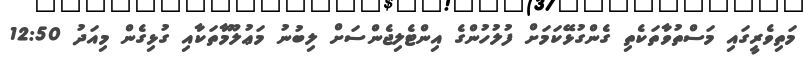
މަތިވެރީގައި މަސްތުވާތަކެތި ގެންގުޅޭކަމަށް ފުލުހުންގެ އިންޓެލިޖެންސަށް ލިބުނު މަޢުލޫމާތަކާއި ގުޅިގެން މިއަދު 12:50